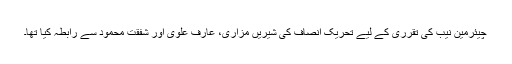
چیئرمین نیب کی تقرری کے لیے تحریک انصاف کی شیریں مزاری، عارف علوی اور شفقت محمود سے رابطہ کیا تھا۔